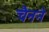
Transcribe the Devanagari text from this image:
चैनने